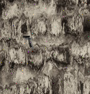
٦